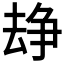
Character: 𠬉